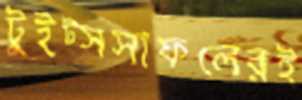
টুইট্সসাফলেরই